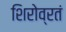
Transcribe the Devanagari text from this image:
शिरोव्रतं